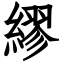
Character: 繆